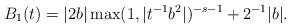
LaTeX: \begin{align*}B_1(t)= |2b|\max(1,|t^{-1}b^2|)^{-s-1}+2^{-1}|b|.\end{align*}